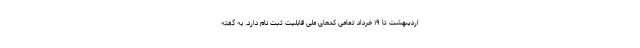
اردیبهشت تا ۱۹ خرداد تمامی کدهای ملی قابلیت ثبت نام دارد. به گفته